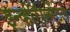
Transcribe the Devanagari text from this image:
इन्व्हीरॅान्मेंटल